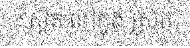
: ស្ថិត នៅក្នុង ស្រុក